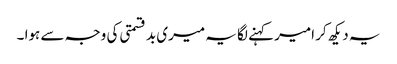
یہ دیکھ کر امیر کہنے لگا یہ میری بد قسمتی کی وجہ سے ہوا ۔